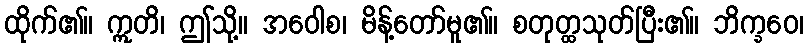
ထိုက်၏။ ဣတိ၊ ဤသို့။ အဝေါစ၊ မိန့်တော်မူ၏။ စတုတ္ထသုတ်ပြီး၏။ ဘိက္ခဝေ၊